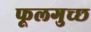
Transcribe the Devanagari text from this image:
फूलगुच्छ